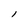
Character: l